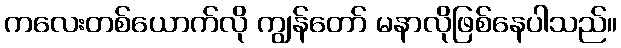
ကလေးတစ်ယောက်လို ကျွန်တော် မနာလိုဖြစ်နေပါသည်။